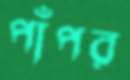
পাঁপর